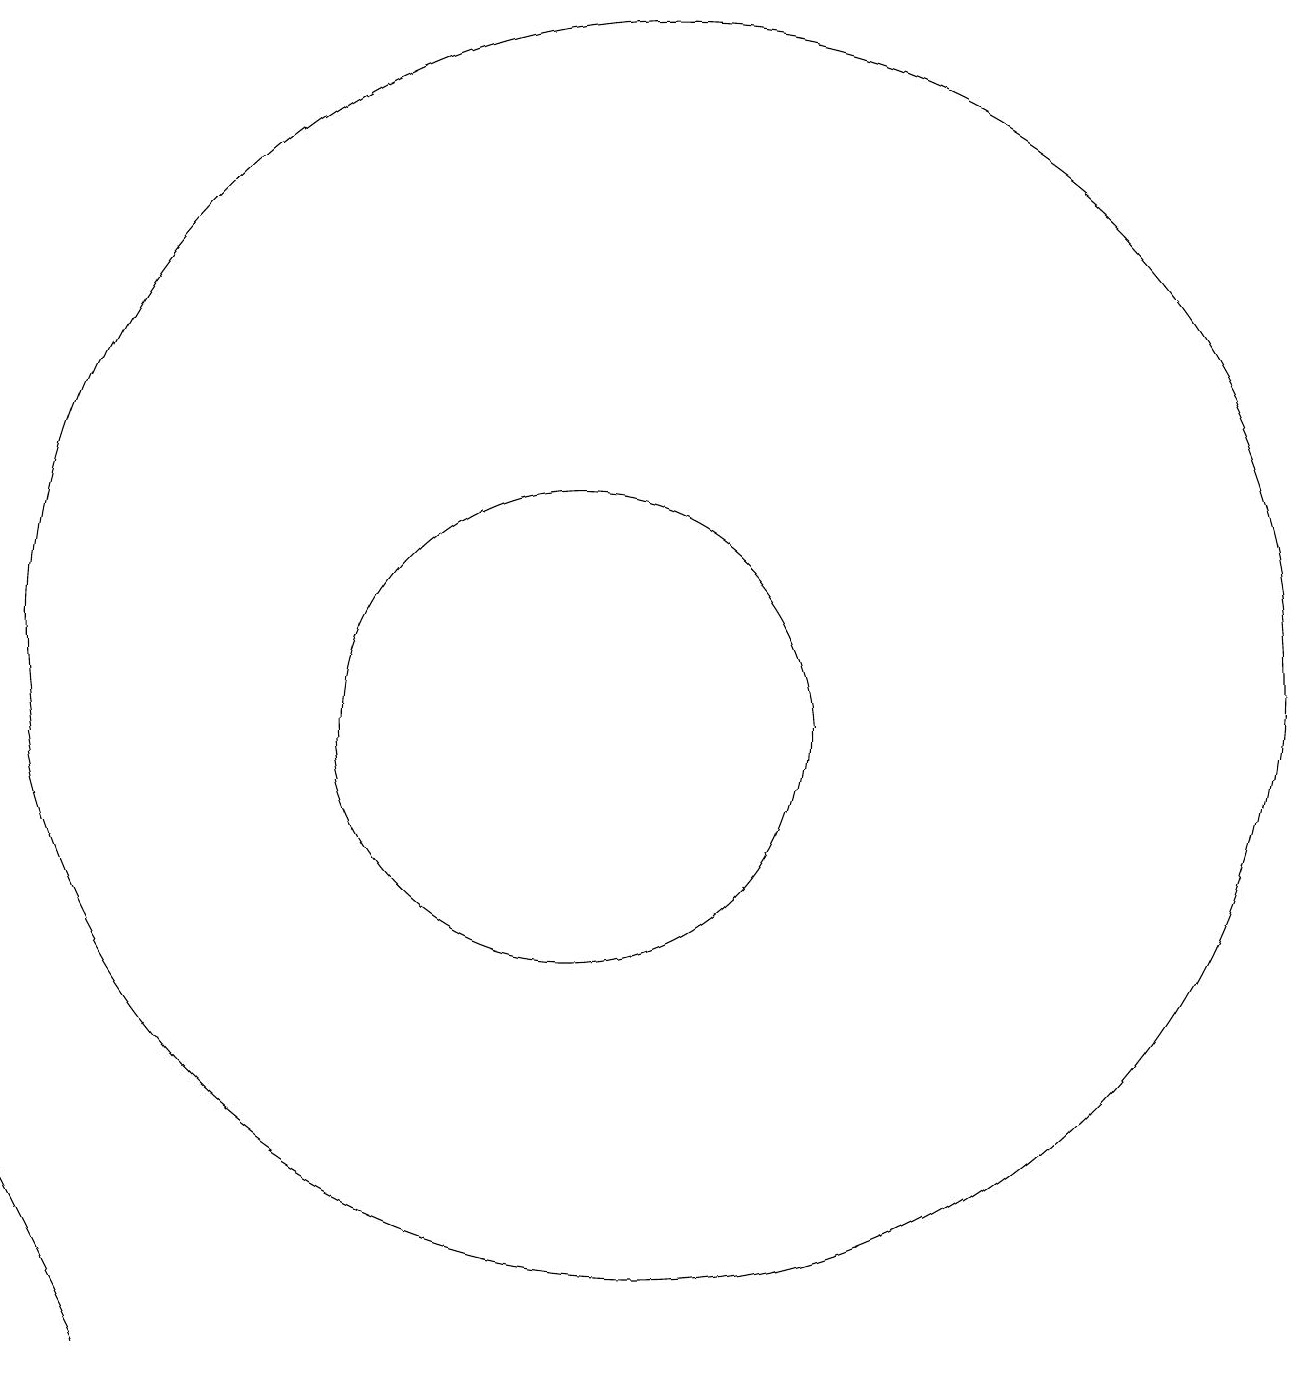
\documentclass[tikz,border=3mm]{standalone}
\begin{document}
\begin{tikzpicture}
\draw (4,4) -- (5,2) -- (5,2) -- cycle;
\draw (12,11) circle (8);
\draw (11,10) circle (3);
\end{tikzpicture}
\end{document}